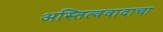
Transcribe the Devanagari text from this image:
अस्तित्ववादाचा